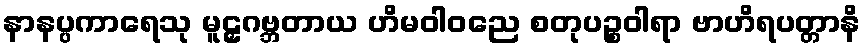
နာနပ္ပကာရေသု မူဠှဂဗ္ဘတာယ ဟိမဝါဝညေ စတုပဉ္စဝါရာ ဗာဟိရပတ္တာနိ